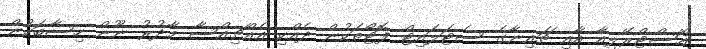
އޮސްޓްރޭލިއާ އާއި ޗައިނާގެ ސެޓަލައިޓް ފޮޓޯތަކުން ދެއްކި އެއްޗިއްސާ މާދުރު ނޫން ހިސާބަކުން